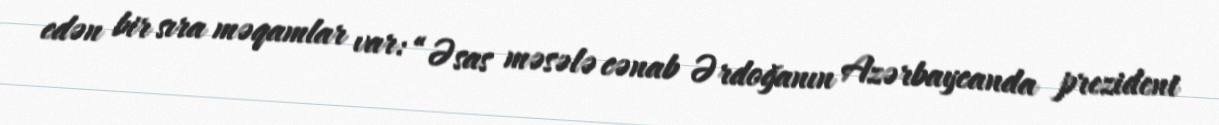
edən bir sıra məqamlar var: “Əsas məsələ cənab Ərdoğanın Azərbaycanda prezident